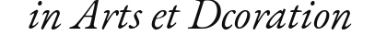
in Arts et Dcoration